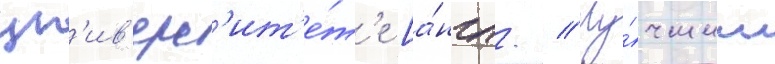
ун'ив'ерс'ит'е́т'е [а́нгл. // Лу́чшим